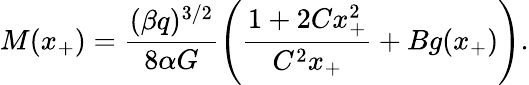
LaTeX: M(x_{+})=\frac{(\beta q)^{3/2}}{8\alpha G}\left(\frac{1+2Cx_{+}^{2}}{C^{2}x_{+}}+Bg(x_{+})\right).